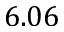
6 . 0 6